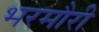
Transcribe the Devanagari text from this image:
भरमौरी